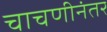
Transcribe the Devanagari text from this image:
चाचणीनंतर